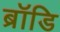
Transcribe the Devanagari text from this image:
ब्रॉडि